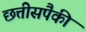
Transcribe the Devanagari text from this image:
छत्तीसपैकी